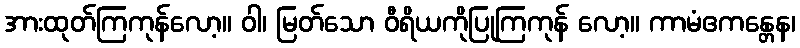
အားထုတ်ကြကုန်လော့။ ဝါ၊ မြတ်သော ဝီရိယကိုပြုကြကုန် လော့။ ကာမံဧကန္တေန၊